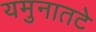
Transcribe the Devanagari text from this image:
यमुनातटे